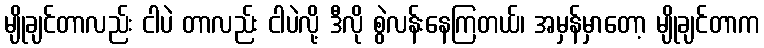
မျိုချင်တာလည်း ငါပဲ တာလည်း ငါပဲလို့ ဒီလို စွဲလန်းနေကြတယ်၊ အမှန်မှာတော့ မျိုချင်တာက